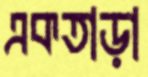
একতাড়া